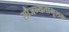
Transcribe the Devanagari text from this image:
सौजन्यतामूलक